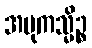
အမုကသ္မိဉ္စ